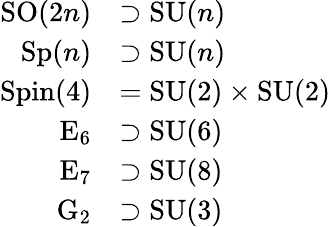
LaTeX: {\begin{array}{rl}{\operatorname{SO}(2n)}&{\supset\operatorname{SU}(n)}\\ {\operatorname{Sp}(n)}&{\supset\operatorname{SU}(n)}\\ {\operatorname{Spin}(4)}&{=\operatorname{SU}(2)\times\operatorname{SU}(2)}\\ {\operatorname{E}_{6}}&{\supset\operatorname{SU}(6)}\\ {\operatorname{E}_{7}}&{\supset\operatorname{SU}(8)}\\ {\operatorname{G}_{2}}&{\supset\operatorname{SU}(3)}\end{array}}